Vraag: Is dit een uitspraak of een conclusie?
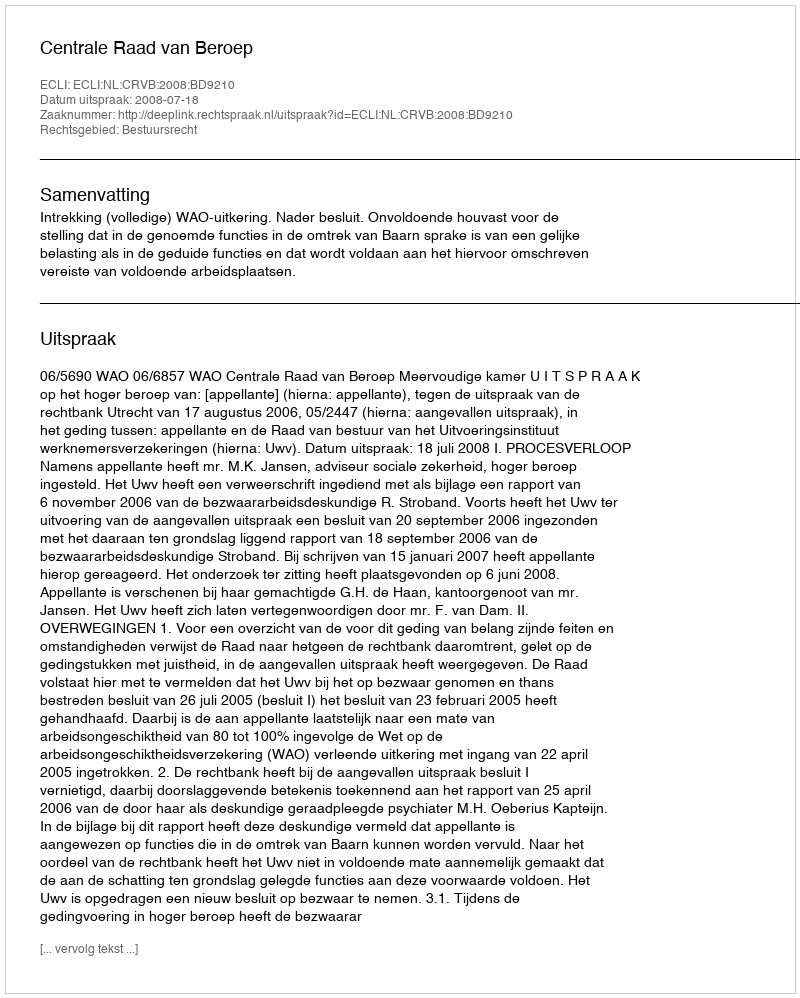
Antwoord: Uitspraak